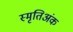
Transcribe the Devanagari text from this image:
स्मृतिअंक